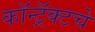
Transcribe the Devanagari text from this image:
कॉन्ट्रॅक्‍टचे